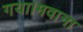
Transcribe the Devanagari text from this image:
गया।मवाना